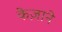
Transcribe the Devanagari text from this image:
केज़ाने